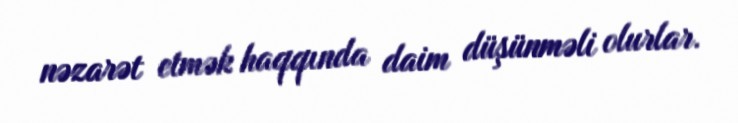
nəzarət etmək haqqında daim düşünməli olurlar.